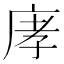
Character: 庨